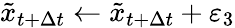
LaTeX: \tilde{x}_{t+\Delta t}\gets\tilde{x}_{t+\Delta t}+\varepsilon_{3}